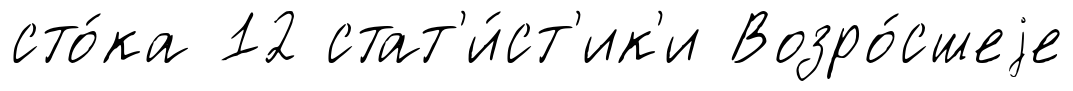
сто́ка 12 стат'и́ст'ик'и Возро́сшеjе